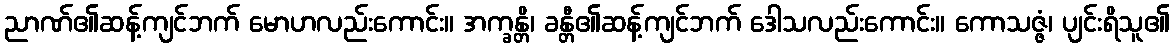
ညာဏ်၏ဆန့်ကျင်ဘက် မောဟလည်းကောင်း။ အက္ခန္တိ၊ ခန္တီ၏ဆန့်ကျင်ဘက် ဒေါသလည်းကောင်း။ ကောသဇ္ဇံ၊ ပျင်းရိသူ၏